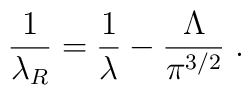
\frac{1}{\lambda_R}=\frac{1}{\lambda}-\frac{\Lambda}{\pi^{3/2}}\;.